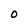
Character: O